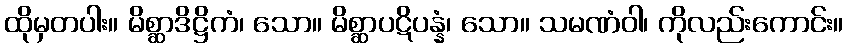
ထိုမှတပါး။ မိစ္ဆာဒိဋ္ဌိကံ၊ သော။ မိစ္ဆာပဋိပန္နံ၊ သော။ သမဏံဝါ၊ ကိုလည်းကောင်း။